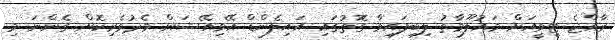
ރާއްޖެ ޓީވީއަށް މައުލޫމާތު ލިބިފައިވާ ގޮތުގައި އައިލެންޑް އޭވިއޭޝަން މެދުވެރިކޮށް ގެންނަ މި